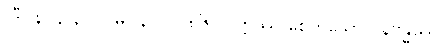
(ဒီ။ နိ။ ၃။၃၂၀၊ မ။ နိ။ ၁။၁၈၆) ဝုတ္တဿ စေတသော ဝိနိဗန္ဓဿ